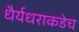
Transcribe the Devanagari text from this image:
धैर्यधराकडेच